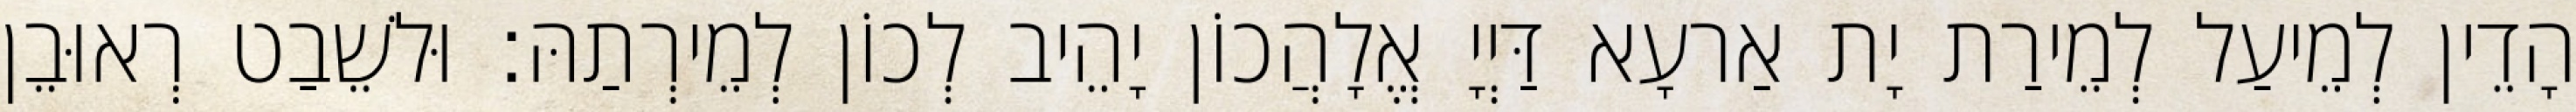
הָדֵין לְמֵיעַל לְמֵירַת יָת אַרעָא דַּיְיָ אֱלָהֲכוֹן יָהֵיב לְכוֹן לְמֵירְתַהּ׃ וּלשֵׁבַט רְאוּבֵן